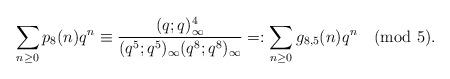
LaTeX: \begin{align*}\sum_{n\ge 0}p_8(n)q^n\equiv\frac{(q;q)_\infty^4}{(q^5;q^5)_\infty(q^8;q^8)_\infty}=:\sum_{n\ge 0}g_{8,5}(n)q^n \pmod{5}.\end{align*}